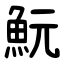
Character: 魭